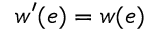
w ^ { \prime } ( e ) = w ( e )